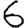
Digit: 6